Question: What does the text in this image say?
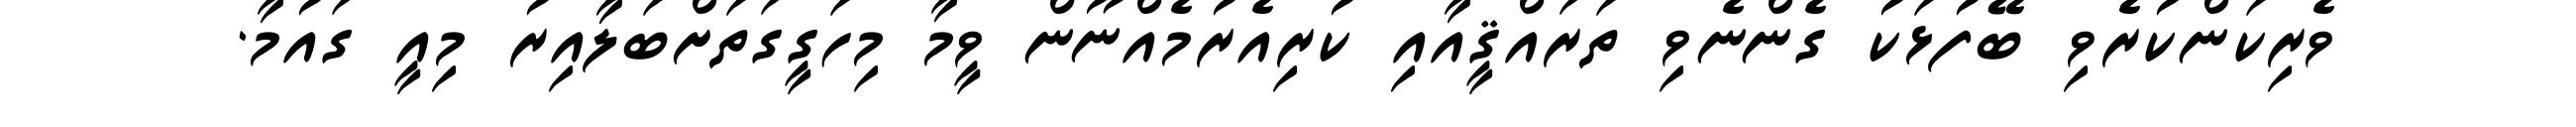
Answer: ވެރިކަންކުރެވި ބޭފުޅަކު ގެންނެވި ތަރައްޤީއާއި ކުރިއެރުމެއްނޫން ވީމާ މިހަގީގަތަށްބަލާއިރު މިއީ ގައުމާ.